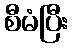
စီမံပြီး